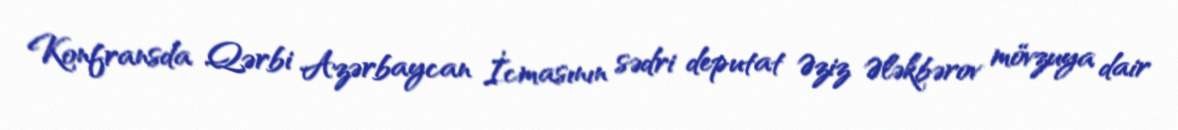
Konfransda Qərbi Azərbaycan İcmasının sədri deputat Əziz Ələkbərov mövzuya dair